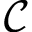
\mathcal { C }